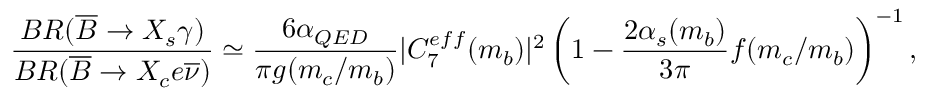
\frac { B R ( \overline { { { B } } } \rightarrow X _ { s } \gamma ) } { B R ( \overline { { { B } } } \rightarrow X _ { c } e \overline { { { \nu } } } ) } \simeq \frac { 6 \alpha _ { Q E D } } { \pi g ( m _ { c } / m _ { b } ) } | C _ { 7 } ^ { e f f } ( m _ { b } ) | ^ { 2 } \left( 1 - \frac { 2 \alpha _ { s } ( m _ { b } ) } { 3 \pi } f ( m _ { c } / m _ { b } ) \right) ^ { - 1 } ,